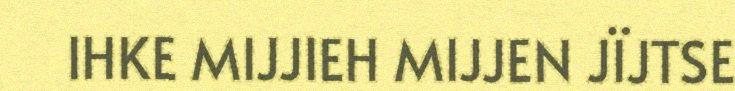
IHKE MIJJIEH MIJJEN JÏJTSE